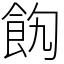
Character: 䬨